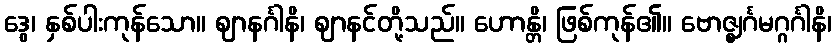
ဒွေ၊ နှစ်ပါးကုန်သော။ ဈာနင်္ဂါနိ၊ ဈာနင်တို့သည်။ ဟောန္တိ၊ ဖြစ်ကုန်၏။ ဗောဇ္ဈင်္ဂမဂ္ဂင်္ဂါနိ၊